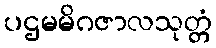
ပဌမမိဂဇာလသုတ္တံ